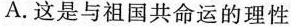
A.这是与祖国共命运的理性